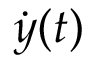
{ \dot { y } } ( t )